Civil Veterinary Department. Madras. Admin. report 1926-33 - 1926-1933
Year: 1926
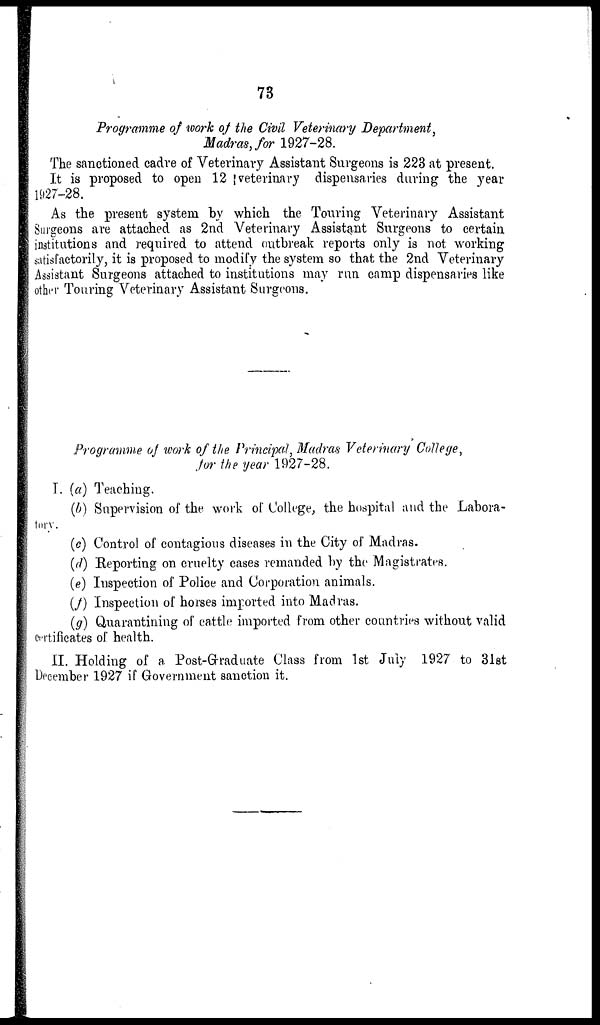
73
Programme of work of the Civil Veterinary Department
Madras, for 1927-28.
The sanctioned cadre of Veterinary Assistant Surgeons is 223 at present.
It is proposed to open 12 veterinary dispensaries during the year
1927-28.
As the present system by which the Touring Veterinary Assistant
Surgeons are attached as 2nd Veterinary Assistant Surgeons to certain
institutions and required to attend outbreak reports only is not working
satisfactorily, it is proposed to modify the system so that the 2nd Veterinary
Assistant Surgeons attached to institutions may run camp dispensaries like
other Touring Veterinary Assistant Surgeons.
Programme of work of the Principal, Madras Veterinary College,
for the year 1927-28.
I. (a) Teaching.
(b) Supervision of the work of College, the hospital and the Labora-
tory.
(c) Control of contagious diseases in the City of Madras.
(d) Reporting on cruelty cases remanded by the Magistrates.
(e) Inspection of Police and Corporation animals.
(f) Inspection of horses imported into Madras.
(g) Quarantining of cattle imported from other countries without valid
certificates of health.
II. Holding of a Post-Graduate Class from 1st July 1927 to 31st
December 1927 if Government sanction it.